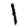
Digit: 1